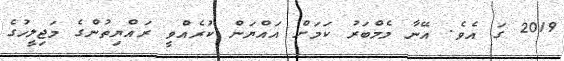
2019 ގަ އެވެ. އޭނާ މެމްބަރު ކަމަށް އައްޔަން ކުރެއްވީ ރައްޔިތުންގެ މަޖިލީހުގެ